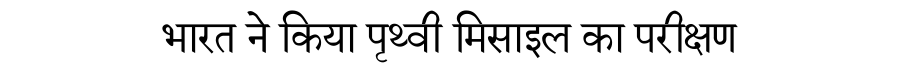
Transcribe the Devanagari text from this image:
भारत ने किया पृथ्वी मिसाइल का परीक्षण